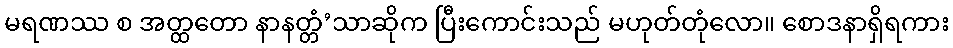
မရဏဿ စ အတ္ထတော နာနတ္တံ’သာဆိုက ပြီးကောင်းသည် မဟုတ်တုံလော။ စောဒနာရှိရကား